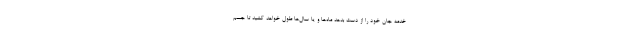
خدمه جان خود را از دست بدهد ماه‌ها و یا سال‌ها طول خواهد کشید تا جسم